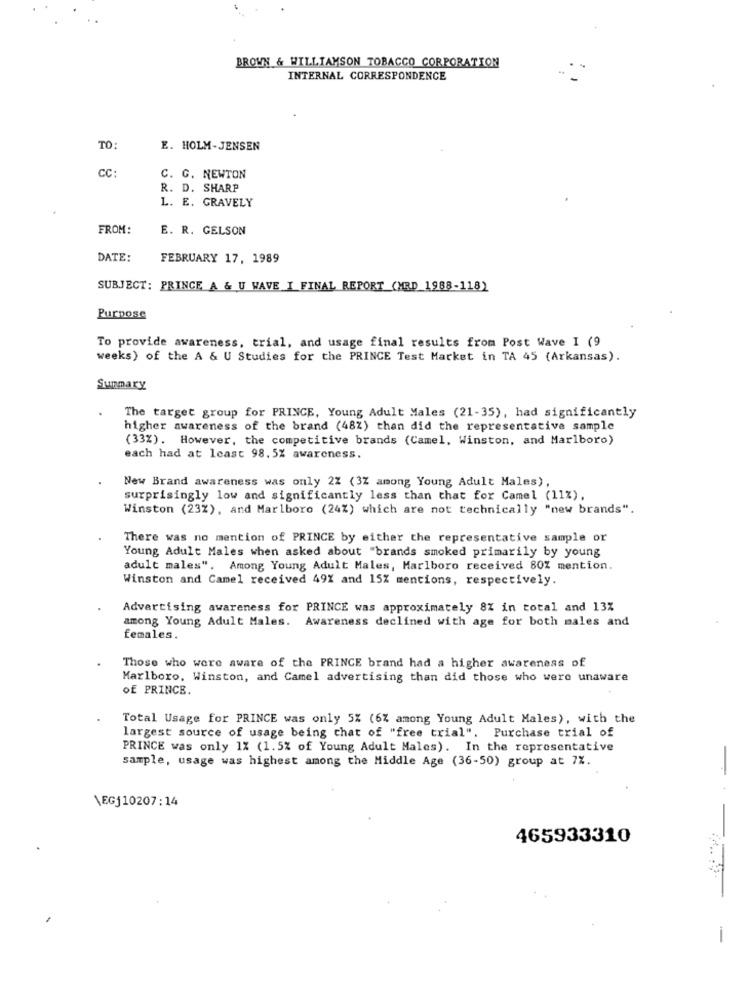
BROWN & WILLIAMSON TOBACCO CORPORATION
INTERNAL CORRESPONDENCE
TO:
E. HOLM-JENSEN
CC:
C. G. NEWTON
R. D. SHARP
L. E. GRAVELY
FROM:
E. R. GELSON
DATE:
FEBRUARY 17, 1989
SUBJECT: PRINCE A & U WAVE I FINAL REPORT (MRD 1988-118)
Purpose
To provide awareness, trial, and usage final results from Post Wave I (9
weeks) of the A & U Studies for the PRINCE Test Market in TA 45 (Arkansas).
Summary
The target group for PRINCE, Young Adult Males (21-35), had significantly
higher awareness of the brand (482) than did the representative sample
(33%). However, the competitive brands (Camel, Winston, and Marlboro)
each had at least 98.5% awareness.
New Brand awareness was only 2Z (3Z among Young Adult Males),
surprisingly low and significantly less than that for Camel (11%),
Winston (23%), and Marlboro (24%) which are not technically "new brands".
There was no mention of PRINCE by either the representative sample or
Young Adult Males when asked about "brands smoked primarily by young
adult males". Among Young Adult Males, Marlboro received 80% mention.
Winston and Camel received 491 and 15% mentions, respectively.
Advertising awareness for PRINCE was approximately 8% in total and 13%
among Young Adult Males. Awareness declined with age for both males and
females.
Those who were aware of the PRINCE brand had a higher awareness of
Marlboro, Winston, and Camel advertising than did those who were unaware
Of PRINCE.
Total Usage for PRINCE was only 5% (6% among Young Adult Males), with the
largest source of usage being chat of "free trial". Purchase trial of
PRINCE was only 1% (1.5% of Young Adult Males). In the representative
sample, usage was highest among the Middle Age (36-50) group at 7%.
\EGJ10207:14
465933310
-